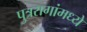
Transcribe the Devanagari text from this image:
पुत्ररागांमध्ये